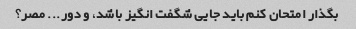
بگذار امتحان کنم باید جایی شگفت انگیز باشد، و دور... مصر؟